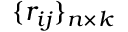
\{ r _ { i j } \} _ { n \times k }